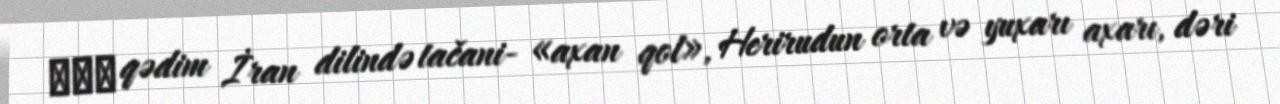
تجن qədim İran dilində tačani- «axan qol», Herirudun orta və yuxarı axarı, dəri